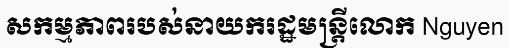
សកម្មភាពរបស់នាយករដ្ឋមន្ត្រីលោក Nguyen